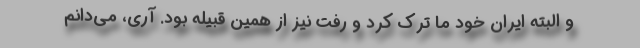
و البته ایران خود ما ترک کرد و رفت نیز از همین قبیله بود. آری، می‌دانم